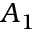
A _ { 1 }